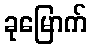
ခုမြောက်